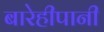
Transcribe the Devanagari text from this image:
बारेहीपानी